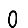
Digit: 0